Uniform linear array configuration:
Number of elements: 64
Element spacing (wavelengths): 0.75
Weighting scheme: uniform
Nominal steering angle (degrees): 60
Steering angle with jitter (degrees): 59.354
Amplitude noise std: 0.05
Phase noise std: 0.05

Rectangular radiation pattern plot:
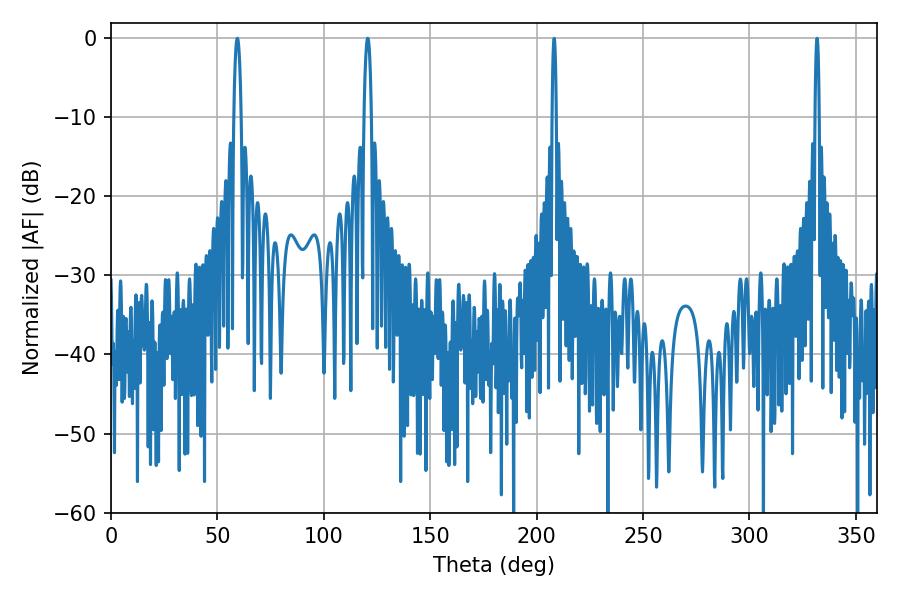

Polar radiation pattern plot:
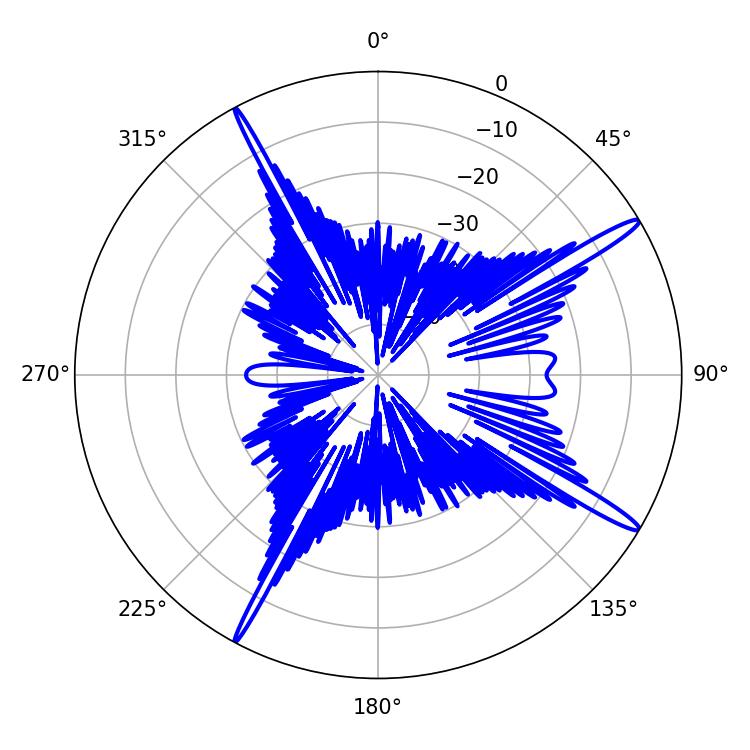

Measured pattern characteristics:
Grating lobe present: TRUE
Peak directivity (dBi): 16.167
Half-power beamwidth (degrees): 1.8
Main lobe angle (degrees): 59.4